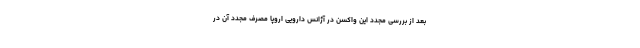
بعد از بررسی مجدد این واکسن در آژانس دارویی اروپا مصرف مجدد آن در